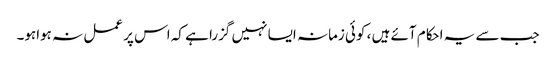
جب سے یہ احکام آئے ہیں ، کوئی زمانہ ایسا نہیں گزرا ہے کہ اس پر عمل نہ ہواہو۔